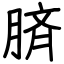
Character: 𦜝